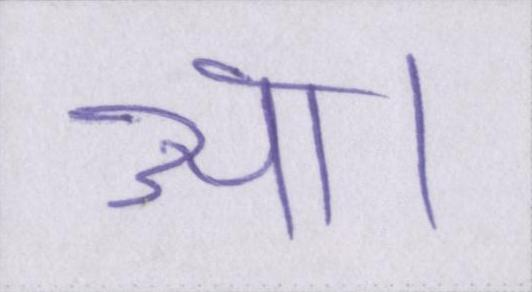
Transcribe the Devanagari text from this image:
आ।